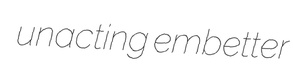
unacting embetter